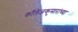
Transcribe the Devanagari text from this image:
कॉलेजकुमारांच्या